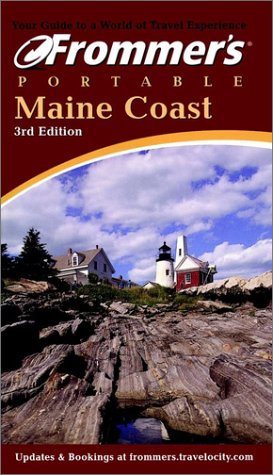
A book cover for Frommer's Portable Maine Coast (Frommer's Portable); Wayne Curtis; Travel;